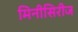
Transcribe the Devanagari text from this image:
मिनीसिरीज